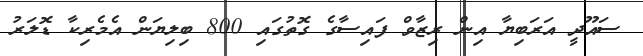
ސައޫދީ އަރަބިޔާ އިން ރިޒާވް ފައިސާގެ ގޮތުގައި 800 ބިލިޔަން އެމެރިކާ ޑޮލަރު